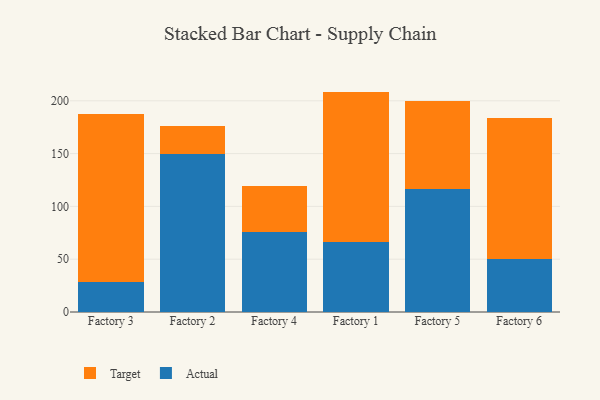
{"axis": {"x": "Factory", "y": "Market Share (%)"}, "legend": ["Actual", "Target"], "data": [{"x": "Factory 3", "y": 28.1, "type": "Actual"}, {"x": "Factory 3", "y": 159.1, "type": "Target"}, {"x": "Factory 2", "y": 149.7, "type": "Actual"}, {"x": "Factory 2", "y": 26.8, "type": "Target"}, {"x": "Factory 4", "y": 75.3, "type": "Actual"}, {"x": "Factory 4", "y": 44.0, "type": "Target"}, {"x": "Factory 1", "y": 66.3, "type": "Actual"}, {"x": "Factory 1", "y": 142.4, "type": "Target"}, {"x": "Factory 5", "y": 116.3, "type": "Actual"}, {"x": "Factory 5", "y": 83.7, "type": "Target"}, {"x": "Factory 6", "y": 50.6, "type": "Actual"}, {"x": "Factory 6", "y": 133.2, "type": "Target"}]}